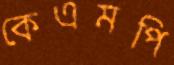
কেএমপি